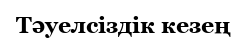
Тәуелсіздік кезең